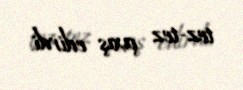
tez-tez çıxış edirdi.